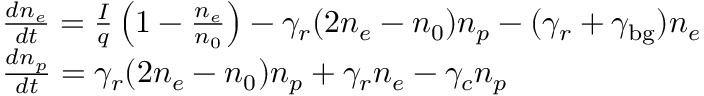
\begin{array} { r l } & { \frac { d n _ { e } } { d t } = \frac { I } { q } \left( 1 - \frac { n _ { e } } { n _ { 0 } } \right) - \gamma _ { r } ( 2 n _ { e } - n _ { 0 } ) n _ { p } - ( \gamma _ { r } + \gamma _ { \mathrm { b g } } ) n _ { e } } \\ & { \frac { d n _ { p } } { d t } = \gamma _ { r } ( 2 n _ { e } - n _ { 0 } ) n _ { p } + \gamma _ { r } n _ { e } - \gamma _ { c } n _ { p } } \end{array}